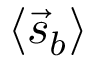
\langle { \vec { s } } _ { b } \rangle